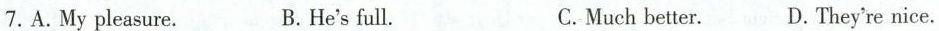
7.A.My pleasure. B.He's full. C.Much better. D.They're nice.